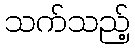
သက်သည့်